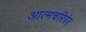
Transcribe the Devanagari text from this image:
आत्मचरित्रेर